Report of the Municipal Commissioner on the plague in Bombay for the year ending 31st May... - Volume 1
Disease focus: Plague
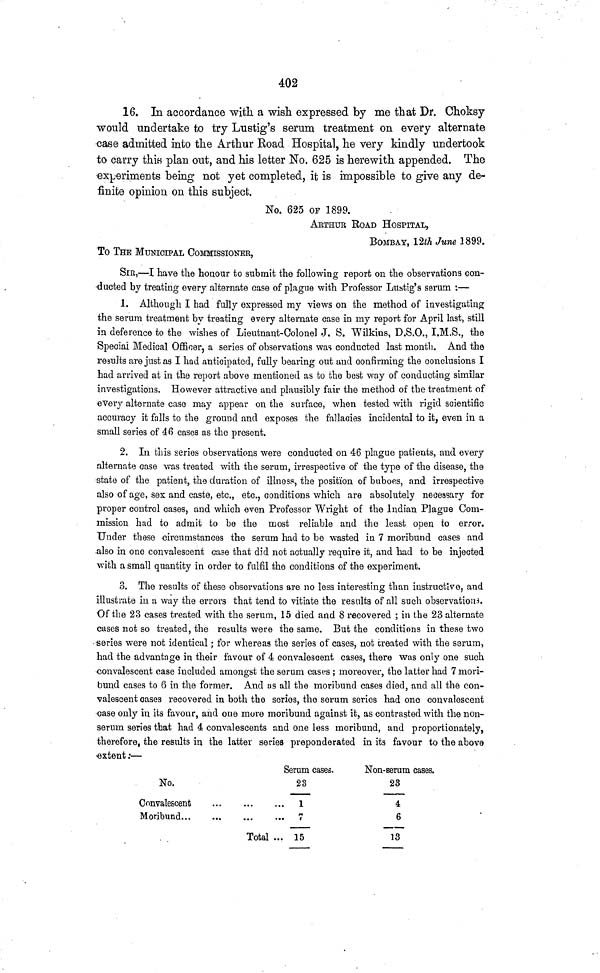
402
16. In accordance witli a wish expressed by me that Dr. Choksy
would undertake to try Lustig's serum treatment on every alternate
case admitted into the Arthur Road Hospital, he very kindly undertook
to carry this plan out, and his letter No. 625 is herewith appended. The
-experiments being not yet completed, it is impossible to give any de-
finite opinion on this subject.
No. 625 OF 1899.
ARTHUR ROAD HOSPITAL,
BOMBAY, 12iA June 1899.
To THE MUNICIPAL COMMISSIONER,
SIR,·—I have the honour to submit the following report on the observations con-
ducted by treating every alternate case of plague \vith Professor Lustig's serum :—
1. Although I had fully expressed my views on the method of investigating
the serum treatment by treating every alternate case in my report for April last, still
in deference to the wishes of Lieutnant-Colonel J. S. "Wilkins, D.S.O., I.M.S., the
Special Medical Officer, a series of observations was conducted last month. And the
results are just as I had anticipated, fully bearing out and confirming the conclusions I
had arrived at in the report above mentioned as to the best way of conducting similar
investigations. However attractive and plausibly fair the method of the treatment of
every alternate case may appear on the surface, when tested with rigid scientific
accuracy it falls to the ground and exposes the fallacies incidental to it, even in a
small series of 4ß cases as the present.
2. In this series observations were conducted on 46 plague patients, and every
alternate case was treated with the serum, irrespective of the type of the disease, the
-state of the patient, the duration of illness, the position of buboes, and irrespective
also of age, sex and caste, etc., etc., conditions which are absolutely necessary for
proper control cases, and which even Professor Wright of the Indian Plague Com-
mission had to admit to be the most reliable and the least open to error.
Under these circumstances the serum had to be wasted in 7 moribund cases and
-also in one convalescent case that did not actually require it, and had to be injected
with a small quantity in order to fulfil the conditions of the experiment.
3. The results of these observations are no less interesting than instructive, and
illustrate in a way the errors that tend to vitiate the results of all such observation*.
Of the 23 cases treated with the serum, 15 died and 8 recovered ; in the 23 alternate
cases not so treated, the results were the same. But the conditions in these two
series were not identical; for whereas the series of cases, not treated with the serum,
had the advantage in their favour of 4 convalescent cases, there was only one such
convalescent case included amongst the serum cases ; moreover, the latter had 7 mori-
bund cases to 6 in the former. And as all the moribund cases died, and all the con-
valescent oases recovered in both the series, the serum series had one convalescent
case only in its favour, and one more moribund against it, as contrasted with the non-
serum series that had 4 conval e scents and one less moribund, and proportionately,
therefore, the results in the latter series preponderated in its favour to the above
•extent:—
No.
Convalescent
Total
Serum cases.
23
1
... 15
Non-serum cases.
23
4
6
13